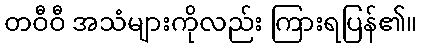
တဝီဝီ အသံများကိုလည်း ကြားရပြန်၏။